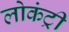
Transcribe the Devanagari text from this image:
लोकंट्री